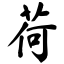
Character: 荷